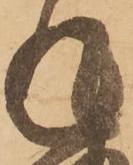
返